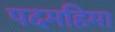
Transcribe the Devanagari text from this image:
पदमहिमा